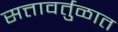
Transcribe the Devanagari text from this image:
सत्तावर्तुळात